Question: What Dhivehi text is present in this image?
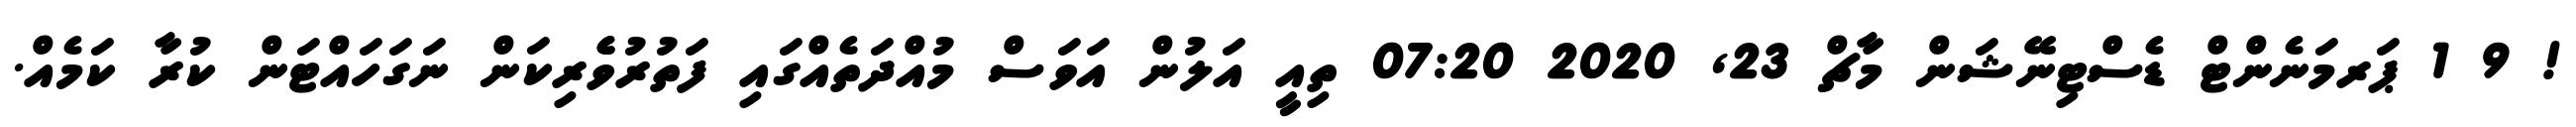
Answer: ! 9 1 ޕަރމަނެންޓް ޑެސްޓިނޭޝަން މާޗް 23, 2020 07:20 ތިއީ އަލުން އަވަސް މުއްދަތެއްގައި ފަތުރުވެެރިކަން ނަގަހައްޓަން ކުރާ ކަމެއް.